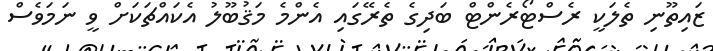
ޒައިތޫނި ތެލަކީ ރެސްޓޯރެންޓް ބަދިގެ ތެރޭގައި އެންމެ މަޤުބޫލު އެކައްޗަކަށް ވީ ނަމަވެސް